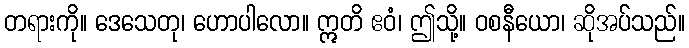
တရားကို။ ဒေသေတု၊ ဟောပါလော။ ဣတိ ဧဝံ၊ ဤသို့။ ဝစနီယော၊ ဆိုအပ်သည်။